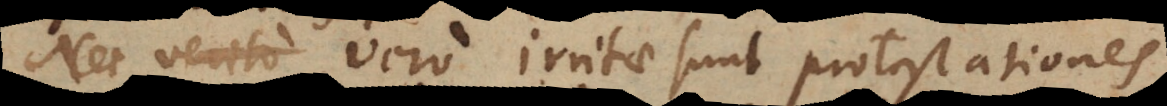
Nec vero irritae sunt protestationes,